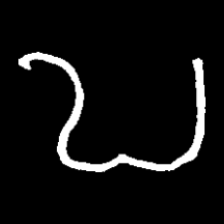
Pyu character \u2014 Myanmar letter: ဎ (romanized: ddha)